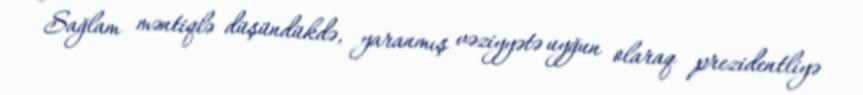
- Sağlam məntiqlə düşündükdə, yaranmış vəziyyətə uyğun olaraq prezidentliyə